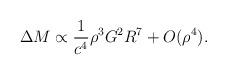
LaTeX: \begin{align*}\Delta M \propto \frac{1}{c^4} \rho^3 G^2 R^7 + O(\rho^4).\end{align*}